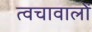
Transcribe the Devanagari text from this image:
त्वचावालों